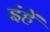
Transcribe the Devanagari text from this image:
इंहें